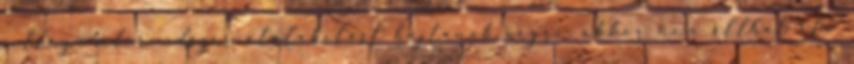
jellegű adórendszer átalakítást hajtanak végre, akkor nem állhat elő